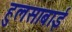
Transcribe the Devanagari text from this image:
हुलसाबाई